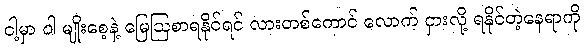
ငါ့မှာ ဝါ မျိုးစေ့နဲ့ မြေဩစာရနိုင်ရင် လားတစ်ကောင် လောက် ငှားလို့ ရနိုင်တဲ့နေရာကို